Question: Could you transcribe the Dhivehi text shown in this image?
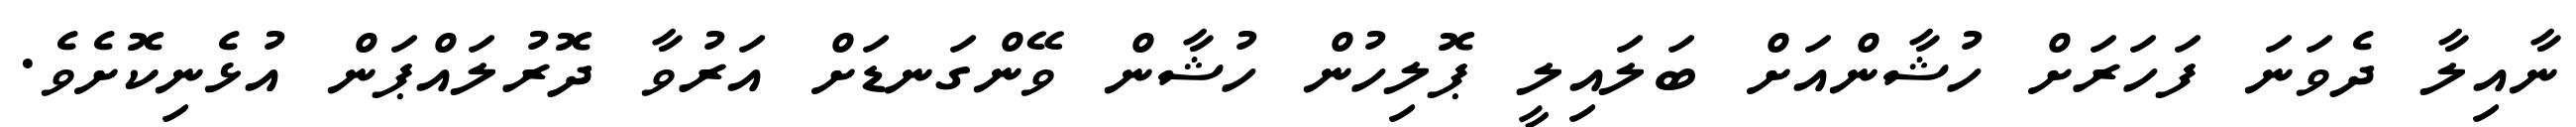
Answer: ނާއިލާ ދެވަނަ ފަހަރަށް ހުޝާންއަށް ބަލައިލީ ޕޮލިހުން ހުޝާން ވޭންގަނޑަށް އަރުވާ ދޮރުލައްޕަން އުޅެނިކޮށެވެ.